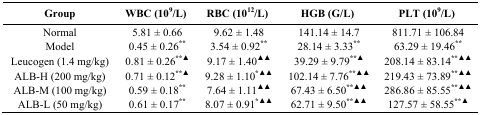
<table><thead><tr><td><b>Group</b></td><td><b>WBC (10<sup>9</sup>/L)</b></td><td><b>RBC (10<sup>12</sup>/L)</b></td><td><b>HGB (G/L)</b></td><td><b>PLT (10<sup>9</sup>/L)</b></td></tr></thead><tbody><tr><td>Normal</td><td>5.81 ± 0.66</td><td>9.62 ± 1.48</td><td>141.14 ± 14.7</td><td>811.71 ± 106.84</td></tr><tr><td>Model</td><td>0.45 ± 0.26<sup>**</sup></td><td>3.54 ± 0.92<sup>**</sup></td><td>28.14 ± 3.33<sup>**</sup></td><td>63.29 ± 19.46<sup>**</sup></td></tr><tr><td>Leucogen (1.4 mg/kg)</td><td>0.81 ± 0.26<sup>**▲</sup></td><td>9.17 ± 1.40<sup>▲▲</sup></td><td>39.29 ± 9.79<sup>**▲</sup></td><td>208.14 ± 83.14<sup>**▲▲</sup></td></tr><tr><td>ALB-H (200 mg/kg)</td><td>0.71 ± 0.12<sup>**▲</sup></td><td>9.28 ± 1.10<sup>*▲▲</sup></td><td>102.14 ± 7.76<sup>**▲▲</sup></td><td>219.43 ± 73.89<sup>**▲▲</sup></td></tr><tr><td>ALB-M (100 mg/kg)</td><td>0.59 ± 0.18<sup>**</sup></td><td>7.64 ± 1.11<sup>▲▲</sup></td><td>67.43 ± 6.50<sup>**▲▲</sup></td><td>286.86 ± 85.55<sup>**▲▲</sup></td></tr><tr><td>ALB-L (50 mg/kg)</td><td>0.61 ± 0.17<sup>**</sup></td><td>8.07 ± 0.91<sup>*▲▲</sup></td><td>62.71 ± 9.50<sup>**▲▲</sup></td><td>127.57 ± 58.55<sup>**▲</sup></td></tr></tbody></table>